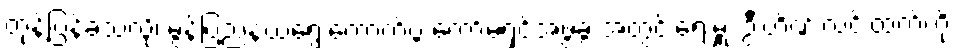
တုန့်ပြန်ခဲ့သလို၊ မွန်ပြည်နယ်ရွေးကောက်ပွဲ ကော်မရှင်အဖွဲ့ခွဲ အတွင်းရေးမှူး ဦးဟိဏ်းလင်းထက်ကို